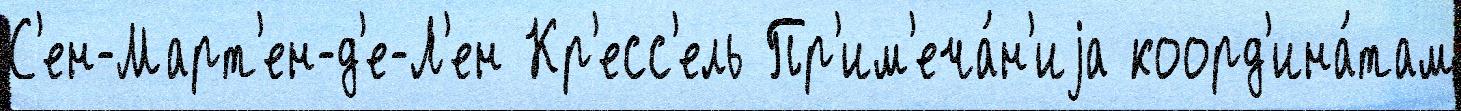
С'ен-Март'ен-д'е-Л'ен Кр'есс'ель Пр'им'еча́н'иjа коорд'ина́там